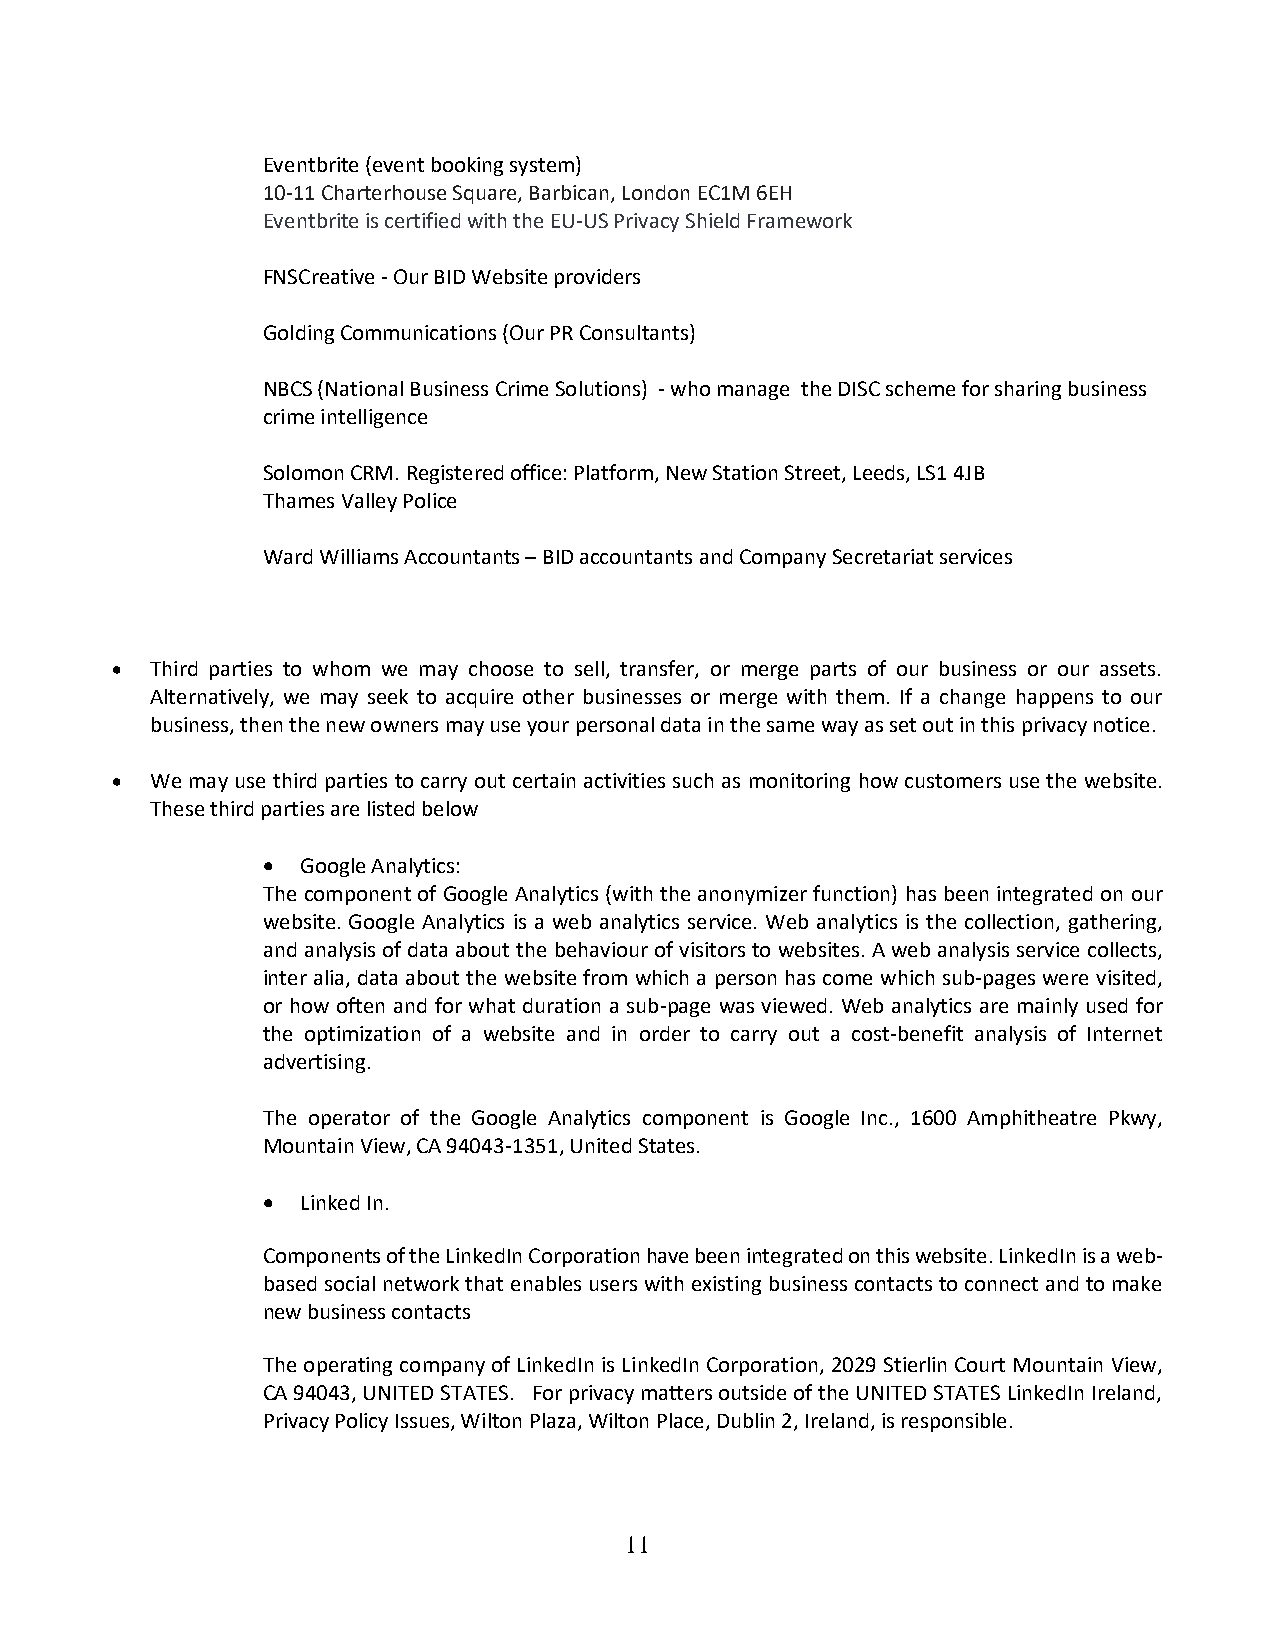
Eventbrite (event booking system)
 10-11 Charterhouse Square, Barbican, London EC1M 6EH
 Eventbrite is certified with the EU-US Privacy Shield Framework
 FNSCreative - Our BID Website providers
 Golding Communications (Our PR Consultants)
 NBCS (National Business Crime Solutions) - who manage the DISC scheme for sharing business
 crime intelligence
 Solomon CRM. Registered office: Platform, New Station Street, Leeds, LS1 4JB
 Thames Valley Police
 Ward Williams Accountants – BID accountants and Company Secretariat services
 •  Third parties to whom we may choose to sell, transfer, or merge parts of our business or our assets.
 Alternatively, we may seek to acquire other businesses or merge with them. If a change happens to our
 business, then the new owners may use your personal data in the same way as set out in this privacy notice.
 •  We may use third parties to carry out certain activities such as monitoring how customers use the website.
 These third parties are listed below
 •  Google Analytics:
 The component of Google Analytics (with the anonymizer function) has been integrated on our
 website. Google Analytics is a web analytics service. Web analytics is the collection, gathering,
 and analysis of data about the behaviour of visitors to websites. A web analysis service collects,
 inter alia, data about the website from which a person has come which sub-pages were visited,
 or how often and for what duration a sub-page was viewed. Web analytics are mainly used for
 the optimization of a website and in order to carry out a cost-benefit analysis of Internet
 advertising.
 The operator of the Google Analytics component is Google Inc., 1600 Amphitheatre Pkwy,
 Mountain View, CA 94043-1351, United States.
 •  Linked In.
 Components of the LinkedIn Corporation have been integrated on this website. LinkedIn is a web-
 based social network that enables users with existing business contacts to connect and to make
 new business contacts
 The operating company of LinkedIn is LinkedIn Corporation, 2029 Stierlin Court Mountain View,
 CA 94043, UNITED STATES. For privacy matters outside of the UNITED STATES LinkedIn Ireland,
 Privacy Policy Issues, Wilton Plaza, Wilton Place, Dublin 2, Ireland, is responsible.
 11